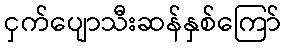
ငှက်ပျောသီးဆန်နှစ်ကြော်